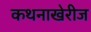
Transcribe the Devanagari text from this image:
कथनाखेरीज